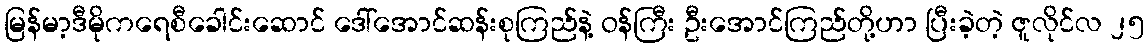
မြန်မာ့ဒီမိုကရေစီခေါင်းဆောင် ဒေါ်အောင်ဆန်းစုကြည်နဲ့ ဝန်ကြီး ဦးအောင်ကြည်တို့ဟာ ပြီးခဲ့တဲ့ ဇူလိုင်လ ၂၅